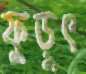
ফুড়ুৎ